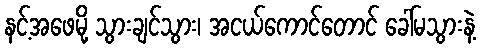
နင့်အဖေမို့ သွားချင်သွား၊ အငယ်ကောင်တောင် ခေါ်မသွားနဲ့